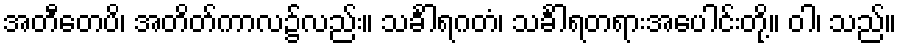
အတီတေပိ၊ အတိတ်ကာလ၌လည်း။ သင်္ခါရဂတံ၊ သင်္ခါရတရားအပေါင်းတို့။ ဝါ၊ သည်။